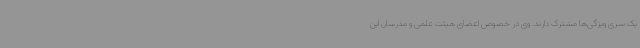
یک سری ویژگی‌ها مشترک دارند. وی در خصوص اعضای هیئت علمی و مدرسان این